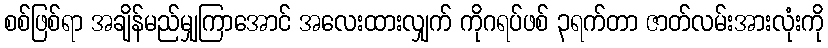
စစ်ဖြစ်ရာ အချိန်မည်မျှကြာအောင် အလေးထားလျှက် ကိုဂရပ်ဖစ် ၃ရက်တာ ဇာတ်လမ်းအားလုံးကို